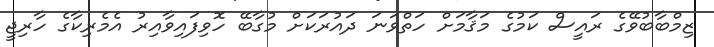
ޒިމްބާބުވޭގެ ރައީސް ކަމުގެ މަޤާމަށް ހަތްވަނަ ދައުރަކަށް މުގާބޭ ހޮވިފައިވާއިރު އެމެރިކާގެ ހާރިޖީ